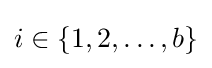
i\in \{1,2,\ldots ,b\}